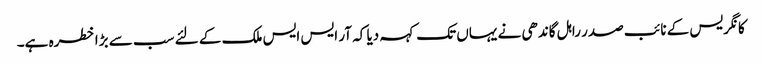
کانگریس کے نائب صدر راہل گاندھی نے یہاں تک کہہ دیا کہ آر ایس ایس ملک کے لئے سب سے بڑا خطرہ ہے۔